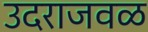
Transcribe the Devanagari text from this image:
उदराजवळ